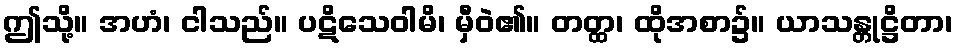
ဤသို့။ အဟံ၊ ငါသည်။ ပဋိသေဝါမိ၊ မှီဝဲ၏။ တတ္ထ၊ ထိုအစာ၌။ ယာသန္တုဋ္ဌိတာ၊